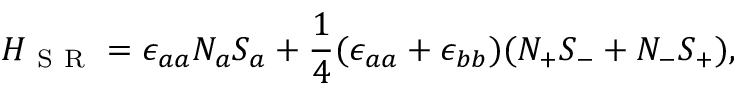
H _ { \mathrm { ~ S ~ R ~ } } = \epsilon _ { a a } N _ { a } S _ { a } + \frac { 1 } { 4 } ( \epsilon _ { a a } + \epsilon _ { b b } ) ( N _ { + } S _ { - } + N _ { - } S _ { + } ) ,